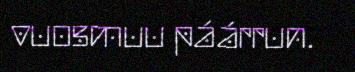
vuosmuu páárrun.